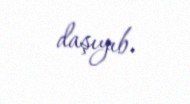
daşıyıb.